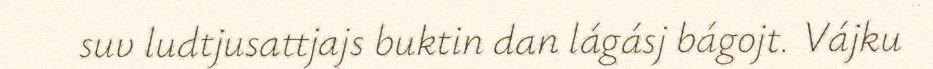
suv ludtjusattjajs buktin dan lágásj bágojt. Vájku